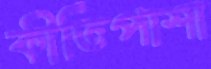
কীর্তিপাশা